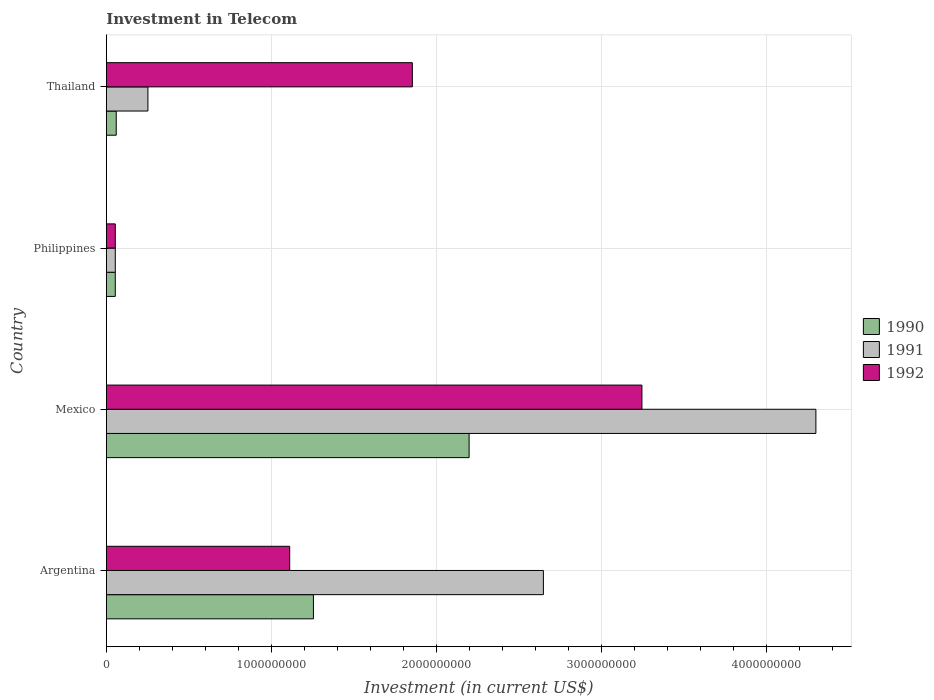
| Country | 1990 | 1991 | 1992 |
 | --- | --- | --- | --- |
 | Argentina | 1.25e+09 | 2.65e+09 | 1.11e+09 |
 | Mexico | 2.2e+09 | 4.3e+09 | 3.24e+09 |
 | Philippines | 5.42e+07 | 5.42e+07 | 5.42e+07 |
 | Thailand | 6e+07 | 2.52e+08 | 1.85e+09 |